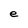
Character: e